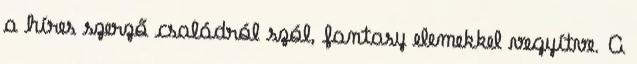
a híres szerző családról szól, fantasy elemekkel vegyítve. A